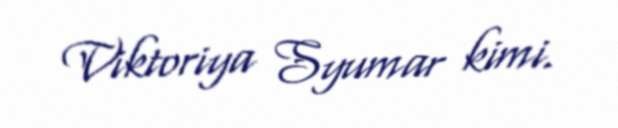
Viktoriya Syumar kimi.